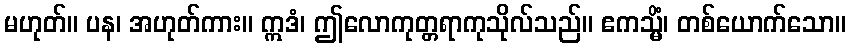
မဟုတ်။ ပန၊ အဟုတ်ကား။ ဣဒံ၊ ဤလောကုတ္တရာကုသိုလ်သည်။ ဧကသ္မိံ၊ တစ်ယောက်သော။